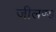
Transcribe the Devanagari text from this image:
जीलण्ड